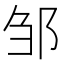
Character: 邹